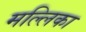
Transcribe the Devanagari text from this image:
मल्‍लिका